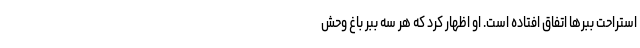
استراحت ببرها اتفاق افتاده است. او اظهار کرد که هر سه ببر باغ وحش